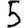
Digit: 5